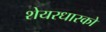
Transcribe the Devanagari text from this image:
शेयरधारको